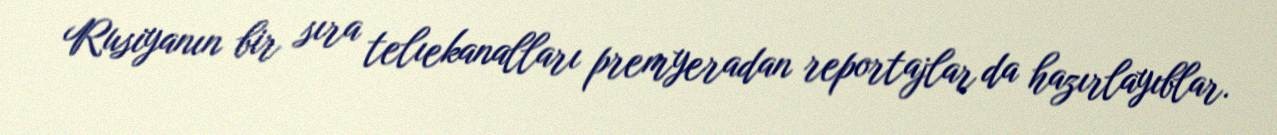
Rusiyanın bir sıra telıekanalları premyeradan reportajlar da hazırlayıblar.